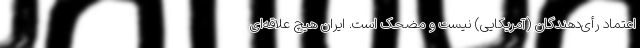
اعتماد رأی‌دهندگان (آمریکایی) نیست و مضحک است. ایران هیچ علاقه‌ای